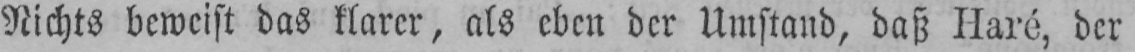
Nichts beweist das klarer, als eben der Umstand, daß Haré, der